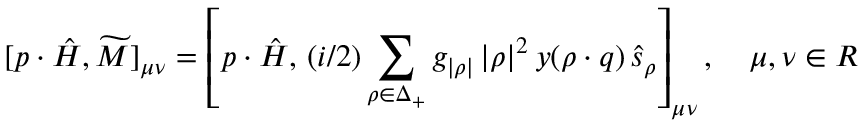
[ p \cdot \hat { H } , \widetilde { M } ] _ { \mu \nu } = \left[ p \cdot \hat { H } , \, { ( i / 2 ) } \sum _ { \rho \in \Delta _ { + } } g _ { | \rho | } \, { | \rho | ^ { 2 } } \, y ( \rho \cdot q ) \, \hat { s } _ { \rho } \right] _ { \mu \nu } , \quad \mu , \nu \in { \cal R }